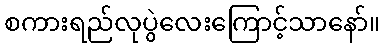
စကားရည်လုပွဲလေးကြောင့်သာနော်။